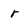
Character: r